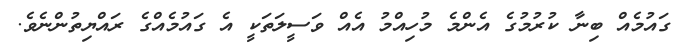
ގައުމެއް ބިނާ ކުރުމުގެ އެންމެ މުހިއްމު އެއް ވަސީލަތަކީ އެ ގައުމެއްގެ ރައްޔިތުންނެވެ.